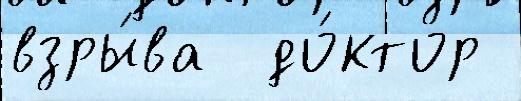
взры́ва  до́ктор